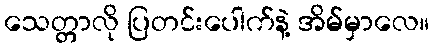
သေတ္တာလို ပြတင်းပေါက်နဲ့ အိမ်မှာလေ။